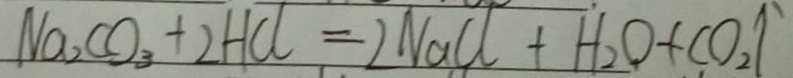
N a _ { 2 } C O _ { 3 } + 2 H C l = 2 N a C l + H _ { 2 } O + C O _ { 2 } \uparrow